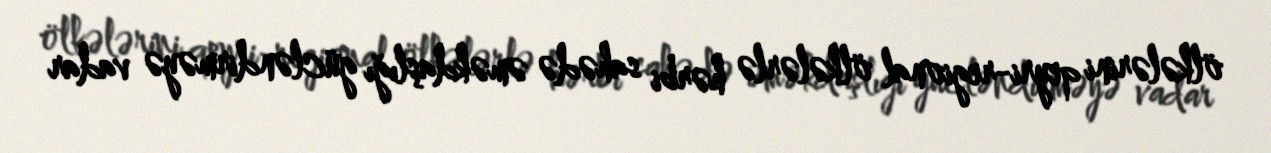
ölkələrini qeyri-regional ölkələrlə hərbi sahədə əməkdaşlığı gücləndirməyə vadar